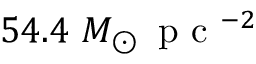
5 4 . 4 ~ M _ { \odot } \, \mathrm { ~ p ~ c ~ } ^ { - 2 }